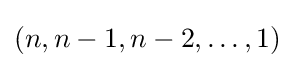
{\textstyle (n,n-1,n-2,\ldots ,1)}